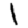
Digit: 1